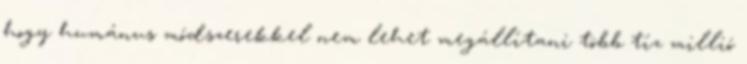
hogy humánus módszerekkel nem lehet megállítani több tíz millió